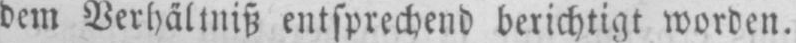
dem Verhältnis entsprechend berichtigt worden.